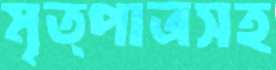
মৃত্পাত্রসহ